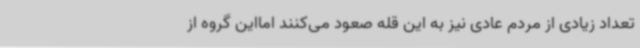
تعداد زیادی از مردم عادی نیز به این قله صعود می‌کنند امااین گروه از